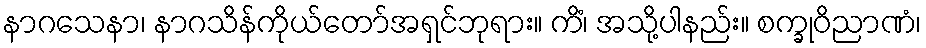
နာဂသေနာ၊ နာဂသိန်ကိုယ်တော်အရှင်ဘုရား။ ကိံ၊ အသို့ပါနည်း။ စက္ခုဝိညာဏံ၊